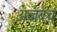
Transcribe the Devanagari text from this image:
अजबचं